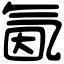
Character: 氤